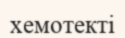
хемотекті